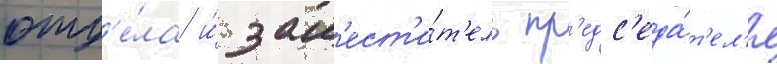
отд'е́ла и́ зам'ест'и́т'ель пр'едс'еда́т'ел'я